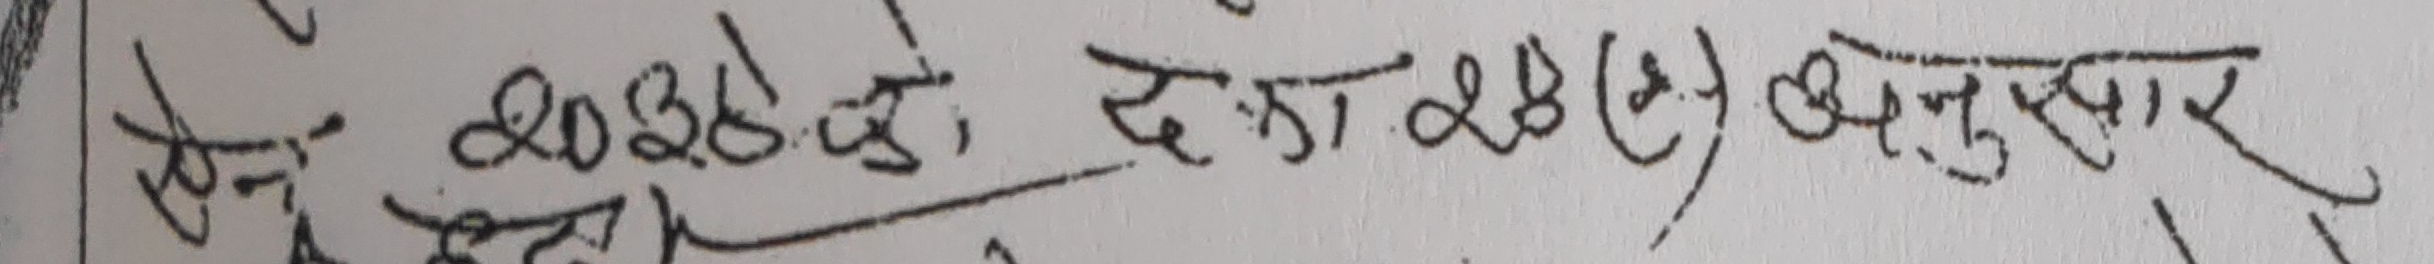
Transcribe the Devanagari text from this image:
ने. स. २०३६ को, दफा २१(३) अनुसार